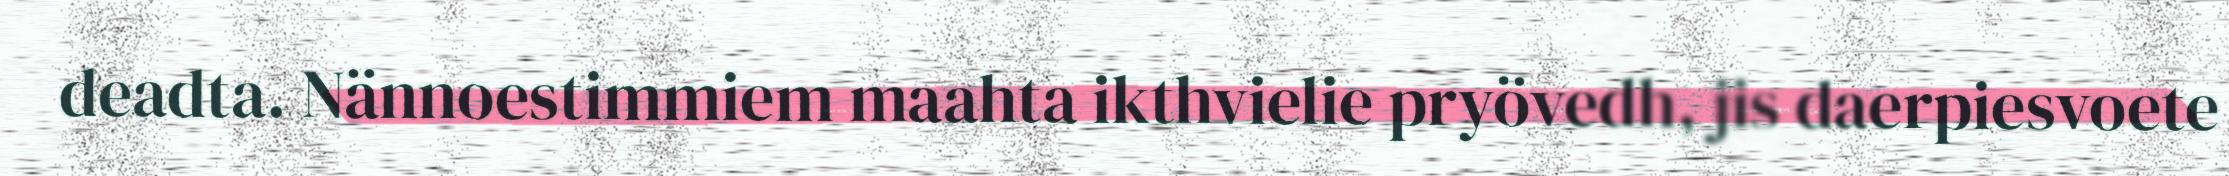
deadta. Nännoestimmiem maahta ikthvielie pryövedh, jis daerpiesvoete